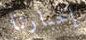
إخبارنا